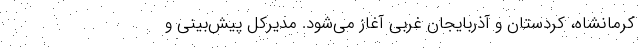
کرمانشاه، کردستان و آذربایجان غربی آغاز می‌شود. مدیرکل ‌پیش‌بینی و